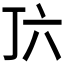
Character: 𬻅